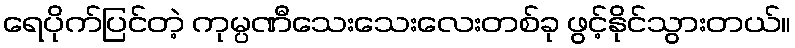
ရေပိုက်ပြင်တဲ့ ကုမ္ပဏီသေးသေးလေးတစ်ခု ဖွင့်နိုင်သွားတယ်။